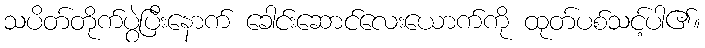
သပိတ်တိုက်ပွဲပြီးနောက် ခေါင်းဆောင်လေးယောက်ကို ထုတ်ပစ်သင့်ပါ၏။